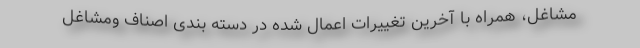
مشاغل، همراه با آخرین تغییرات اعمال شده در دسته بندی اصناف ومشاغل